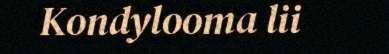
Kondylooma lii